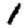
Digit: 1